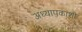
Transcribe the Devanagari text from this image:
अध्यापकांशी